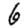
Digit: 6